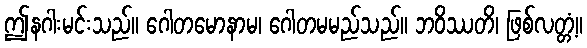
ဤနဂါးမင်းသည်။ ဂေါတမောနာမ၊ ဂေါတမမည်သည်။ ဘဝိဿတိ၊ ဖြစ်လတ္တံ့။